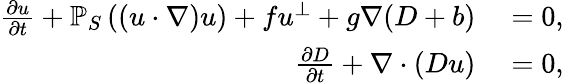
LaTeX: \begin{array}{rl}{\frac{\partial u}{\partial t}+\mathbb{P}_{S}\left((u\cdot\nabla)u\right)+fu^{\perp}+g\nabla(D+b)}&{{}=0,}\\ {\frac{\partial D}{\partial t}+\nabla\cdot(Du)}&{{}=0,}\end{array}